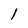
Character: l